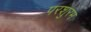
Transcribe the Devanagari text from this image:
परशुरम